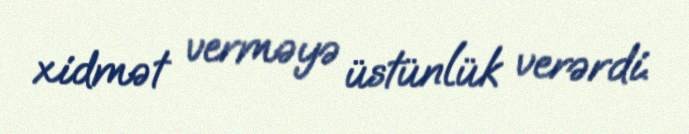
xidmət verməyə üstünlük verərdi.